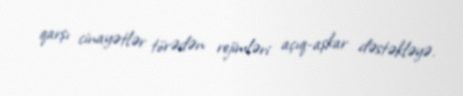
qarşı cinayətlər törədən rejimləri açıq-aşkar dəstəkləyə.